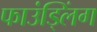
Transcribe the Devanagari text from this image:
फाउंड्लिंग